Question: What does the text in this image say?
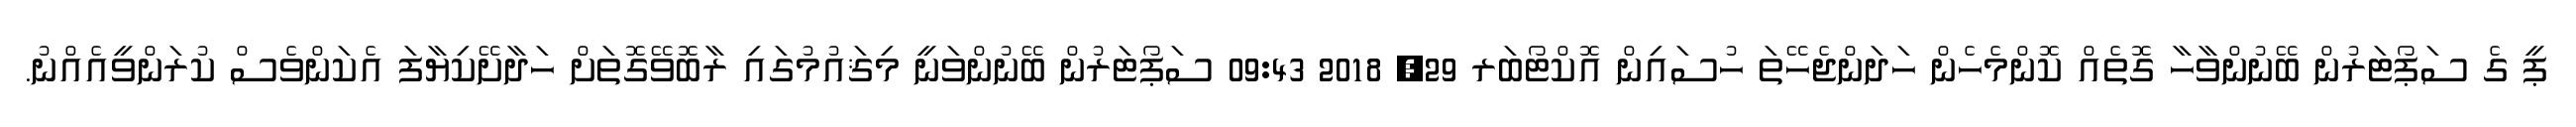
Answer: ޕީ ގެ ސަޕޯޓަރުން ބޭނުންވާހާ ގޮތެއް ކޮންމެހެން ހަދަންޖެހޭތަ ހުސައިން އޮކްޓޯބަރ 29, 2018 09:43 ސަޕޯޓަރުން ބޭނުންވަނީ މިޤައުމުގައި ރާބޮވޭގޮތަށް ހަދާށޭކިޔާފަ އެކަންވެސް ކުރަންވީއެއްނު.